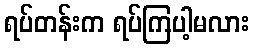
ရပ်တန်းက ရပ်ကြပါ့မလား